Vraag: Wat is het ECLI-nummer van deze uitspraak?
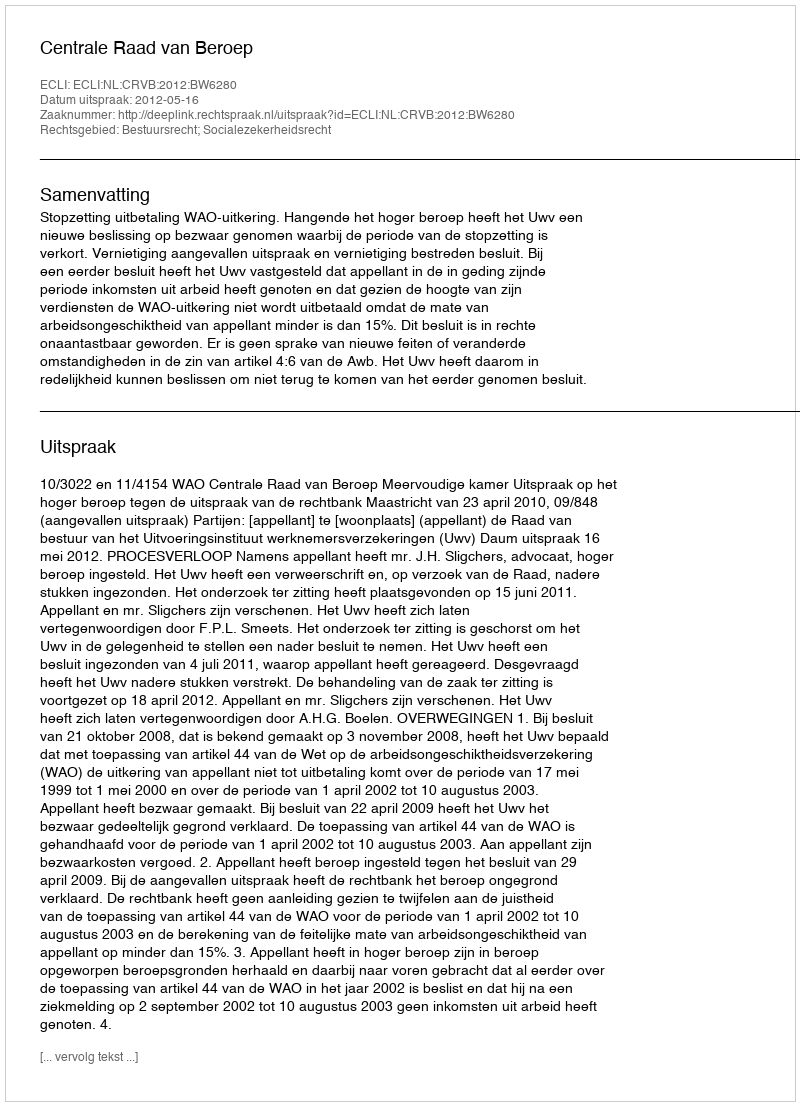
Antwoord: ECLI:NL:CRVB:2012:BW6280